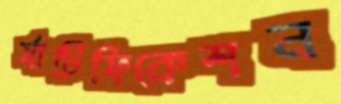
র‍্যাটিফিকেশন